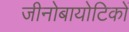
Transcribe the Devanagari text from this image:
जीनोबायोटिकों